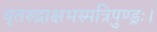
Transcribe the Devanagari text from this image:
धृतरुद्राक्षभस्मत्रिपुण्ड्रः।